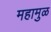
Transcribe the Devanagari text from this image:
महामुळ